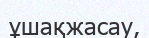
ұшақжасау,